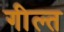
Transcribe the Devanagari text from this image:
गील्त